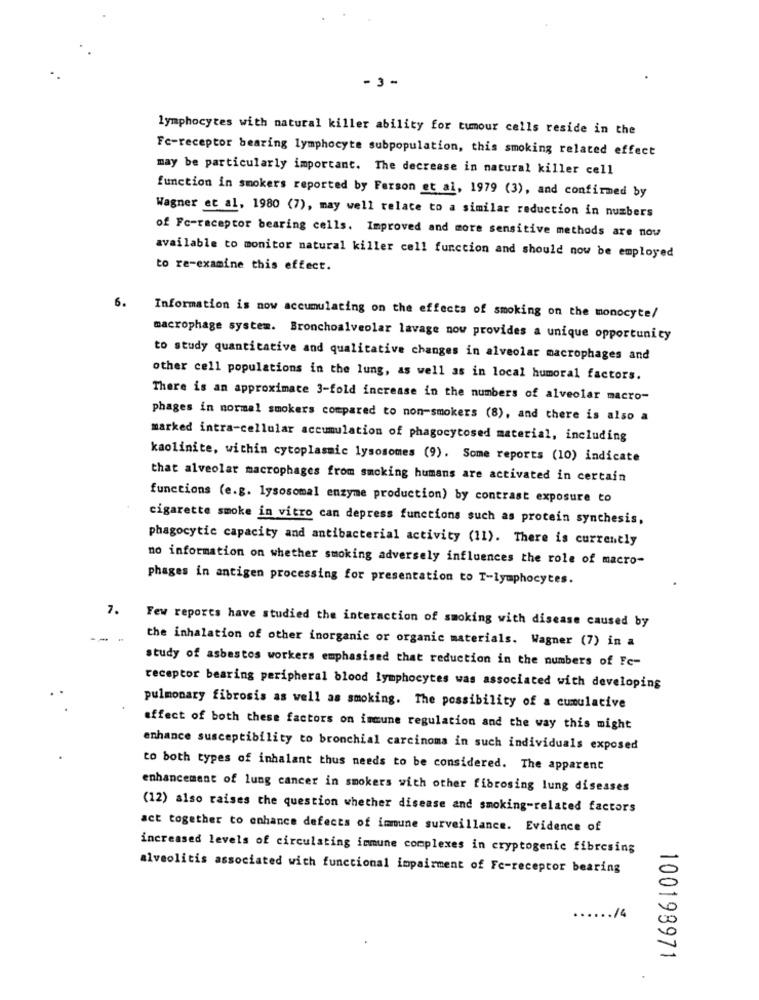
- 3 -
lymphocytes with natural killer ability for tumour cells reside in the
Fc-receptor bearing lymphocyte subpopulation, this smoking related effect
may be particularly important. The decrease in natural killer cell
function in smokers reported by Ferson et al, 1979 (3), and confirmed by
Wagner et al, 1980 (7), may well relate to a similar reduction in numbers
of Fc-receptor bearing cells. Improved and more sensitive methods are now
available to monitor natural killer cell function and should now be employed
to re-examine this effect.
6.
Information is now accumulating on the effects of smoking on the monocyte/
macrophage system. Bronchoalveolar lavage now provides a unique opportunity
to study quantitative and qualitative changes in alveolar macrophages and
other cell populations in the lung, as well as in local humoral factors.
There is an approximate 3-fold increase in the numbers of alveolar macro-
phages in normal smokers compared to non-smokers (8), and there is also a
marked intra-cellular accumulation of phagocytosed material, including
kaolinite, within cytoplasmic lysosomes (9). Some reports (10) indicate
that alveolar macrophages from smoking humans are activated in certain
functions (e.g. lysosomal enzyme production) by contrast exposure to
cigarette smoke in vitro can depress functions such as protein synthesis,
phagocytic capacity and antibacterial activity (11). There is currently
no information on whether smoking adversely influences the role of macro-
phages in antigen processing for presentation to T-lymphocytes.
7.
Few reports have studied the interaction of smoking with disease caused by
---
the inhalation of other inorganic or organic materials. Wagner (7) in a
study of asbestos workers emphasised that reduction in the numbers of Fc-
receptor bearing peripheral blood lymphocytes was associated with developing
pulmonary fibrosis as well as smoking. The possibility of a cumulative
effect of both these factors on immune regulation and the way this might
enhance susceptibility to bronchial carcinoma in such individuals exposed
to both types of inhalant thus needs to be considered. The apparent
enhancement of lung cancer in smokers with other fibrosing lung diseases
(12) also raises the question whether disease and smoking-related factors
act together to enhance defects of immune surveillance. Evidence of
increased levels of circulating immune complexes in cryptogenic fibresing
alveolitis associated with functional impairment of Fc-receptor bearing
14
100198971
.